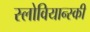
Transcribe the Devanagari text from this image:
स्लोवियान्स्की